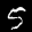
Label: 5